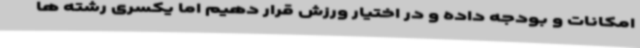
امکانات و بودجه داده و در اختیار ورزش قرار دهیم اما یکسری رشته ها